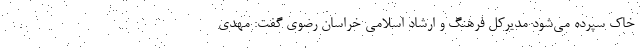
خاک سپرده می‌شود مدیرکل فرهنگ و ارشاد اسلامی خراسان رضوی گفت: مهدی